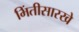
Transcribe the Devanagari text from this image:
भिंतीसारखे